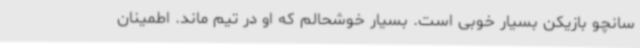
سانچو بازیکن بسیار خوبی است. بسیار خوشحالم که او در تیم ماند. اطمینان